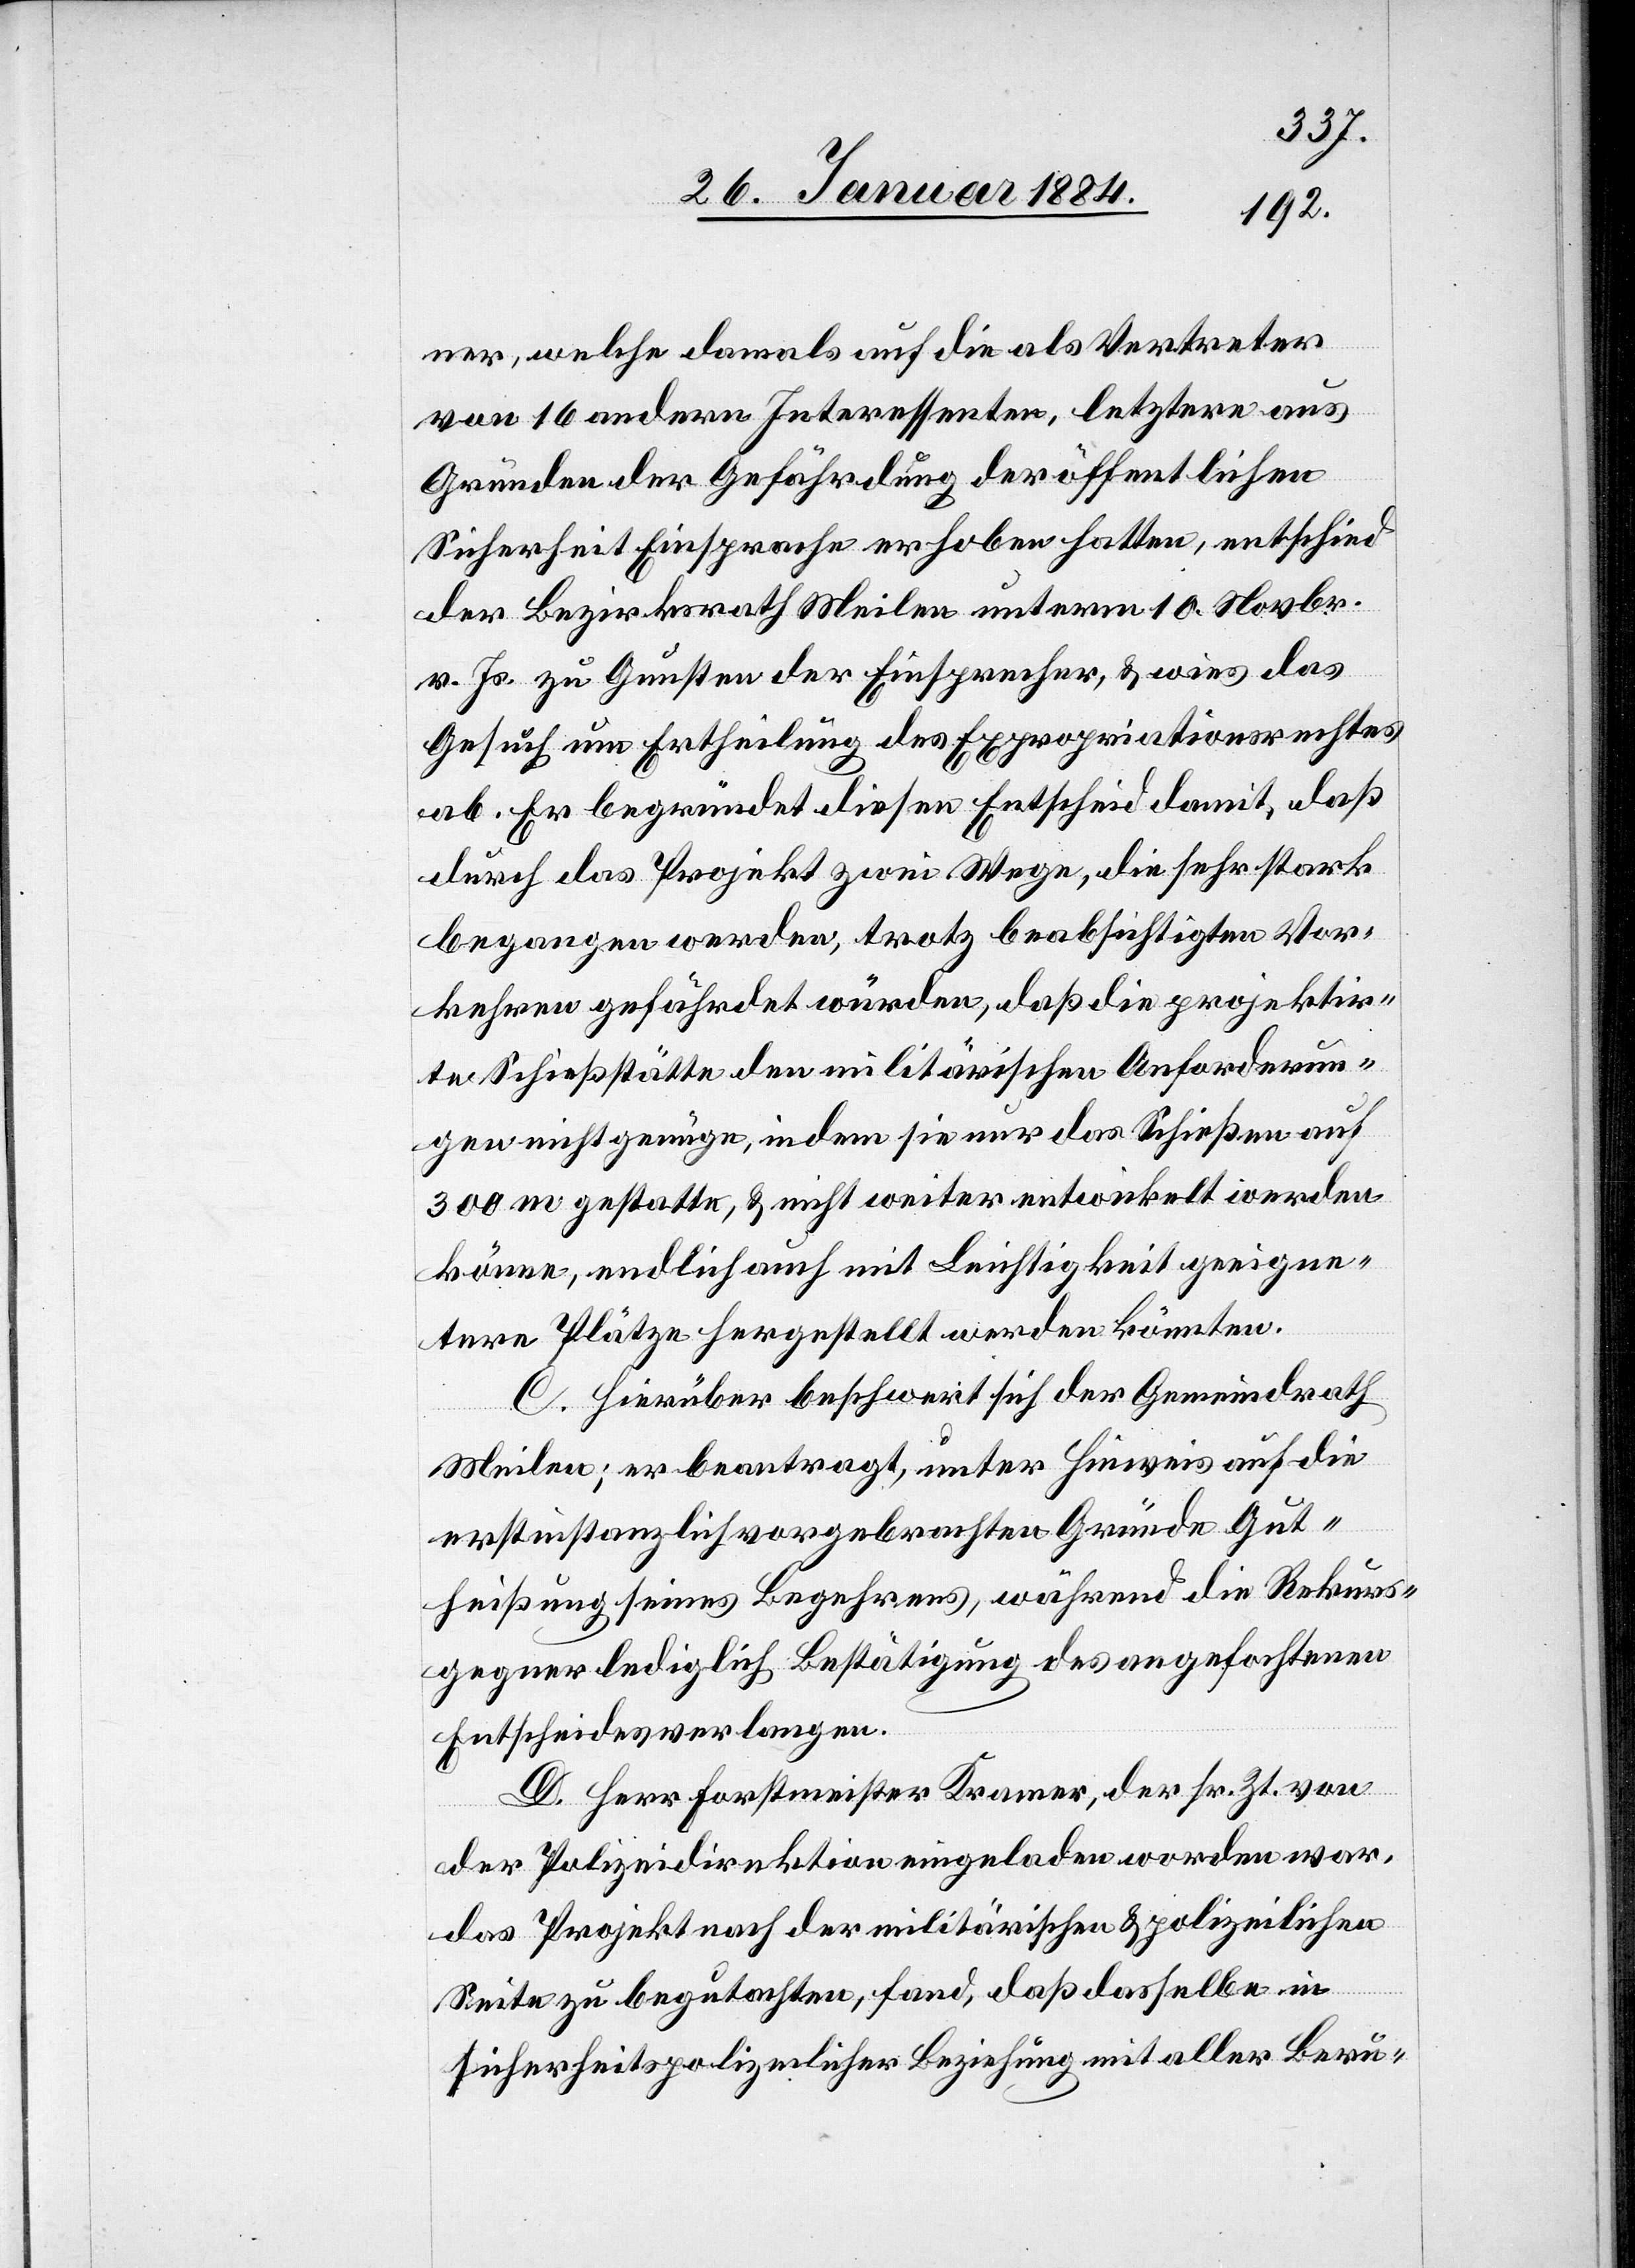
ner, welche damals auf die als Vertreter
von 16 andern Interessenten, letztere aus
Gründen der Gefährdung der öffentlichen
Sicherheit Einsprachen erhoben hatten, entschied
der Bezirksrath Meilen unterm 10. Novbr.
v. Js. zu Gunsten der Einsprachen, & wies das
Gesuch um Ertheilung des Expropriationsrechtes
ab. Er begründet diesen Entscheid damit, daß
durch das Projekt zwei Wege, die sehr stark
begangen werden, trotz beabsichtigten Vor¬
kehren gefährdet würden, daß die projektir¬
te Schießstätte den militärischen Anforderun¬
gen nicht genüge, indem sie nur das Schießen auf
300 m gestatte, & nicht weiter entwickelt werden
könne, endlich auch mit Leichtigkeit geeigne¬
tere Plätze hergestellt werden könnten.
C. Hierüber beschwert sich der Gemeindrath
Meilen; er beantragt, unter Hinweis auf die
erstinstanzlich vorgebrachten Gründe Gut¬
heißung seines Begehrens, während die Rekurs¬
gegner lediglich Bestätigung des angefochtenen
Entscheides verlangen.
D. Herr Forstmeister Kramer, der sr. Zt. von
der Polizeidirektion eingeladen worden war,
das Projekt nach der militärischen & polizeilichen
Seite zu begutachten, fand, daß dasselbe in
sicherheitspolizeilicher Beziehung mit aller Beru-